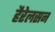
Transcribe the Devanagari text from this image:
हैरेलसन